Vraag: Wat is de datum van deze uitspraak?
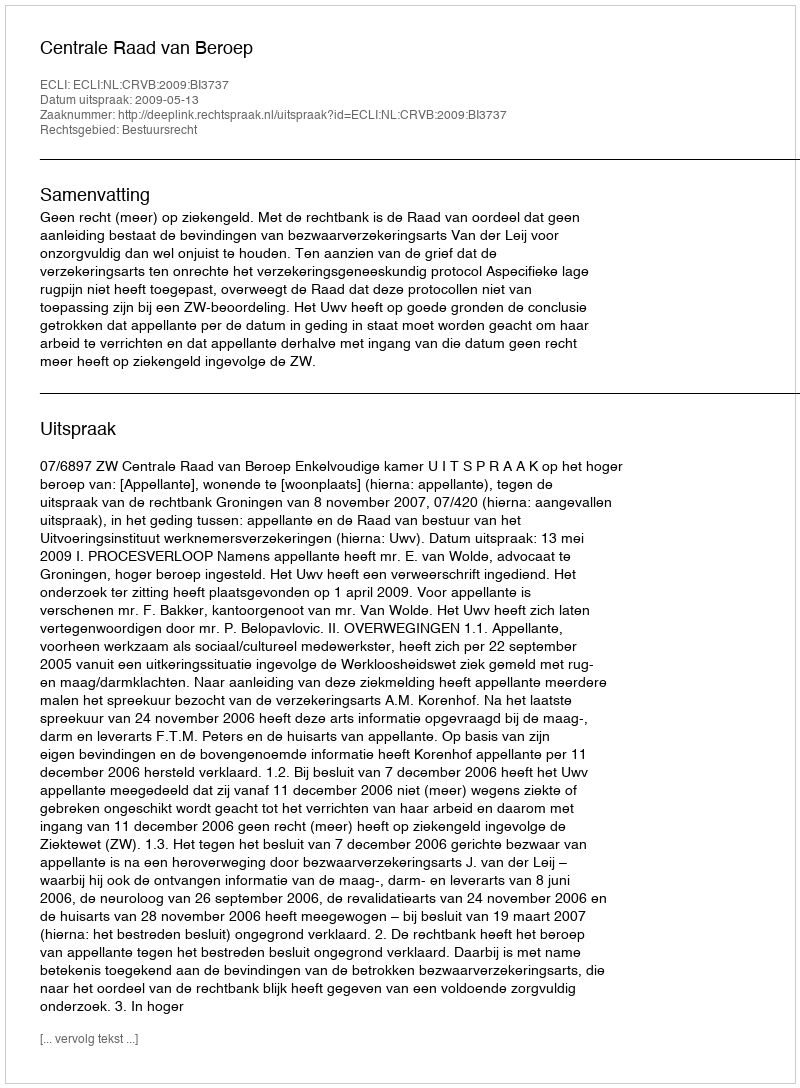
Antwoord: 2009-05-13